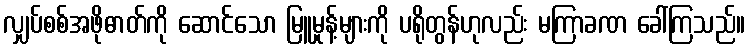
လျှပ်စစ်အဖိုဓာတ်ကို ဆောင်သော မြူမှုန့်များကို ပရိုတွန်ဟုလည်း မကြာခဏ ခေါ်ကြသည်။